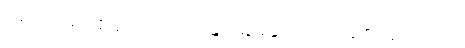
ပဏ္ဍိတာ၊ ပညာရှိတို့သည်။ သလ္လပန္တိ၊ ဆွေးနွေးတိုင်ပင်ကုန်၏။ ဣတိ၊ ဤသို့။